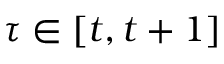
\tau \in [ t , t + 1 ]